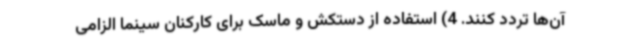
آن‌ها تردد کنند. 4) استفاده از دستکش و ماسک برای کارکنان سینما الزامی